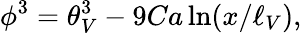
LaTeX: \phi^{3}=\theta_{V}^{3}-9Ca\ln({x}/{\ell_{V}}),